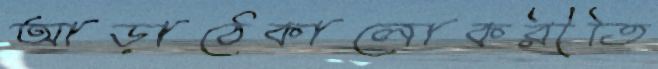
আড়াঠেকালোকরীতি